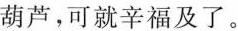
葫芦，可就辛福及了。